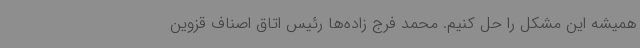
همیشه این مشکل را حل کنیم. محمد فرج زاده‌ها رئیس اتاق اصناف قزوین